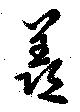
羨